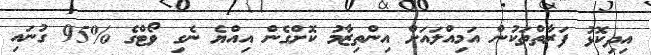
އިދިކޮޅު ފަރާތްތަކުން އަމިއްލައަށް އިންތިޒާމު ކޮށްގެން އިއްޔެ ނެގި ވޯޓްގެ %95 ގުނައި